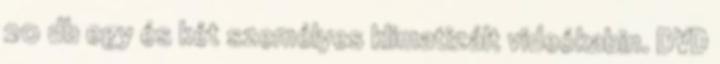
20 db egy és két személyes klimatizált videókabin. DVD